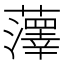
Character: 䕪